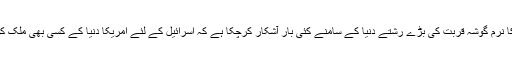
خاص طور اسرائیل کے لئے امریکا کا نرم گوشہ قربت کی بڑے رشتے دنیا کے سامنے کئی بار آشکار کرچکا ہے کہ اسرائیل کے لئے امریکا دنیا کے کسی بھی ملک کو خاطر میں لانے کے لئے تیار نہیں۔